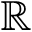
\mathbb { R }